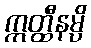
ဣတ္ထီနမ္ပိ